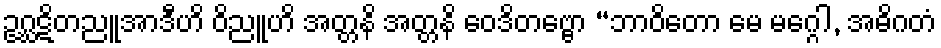
ဥဂ္ဃဋိတညူအာဒီဟိ ဝိညူဟိ အတ္တနိ အတ္တနိ ဝေဒိတဗ္ဗော “ဘာဝိတော မေ မဂ္ဂေါ, အဓိဂတံ